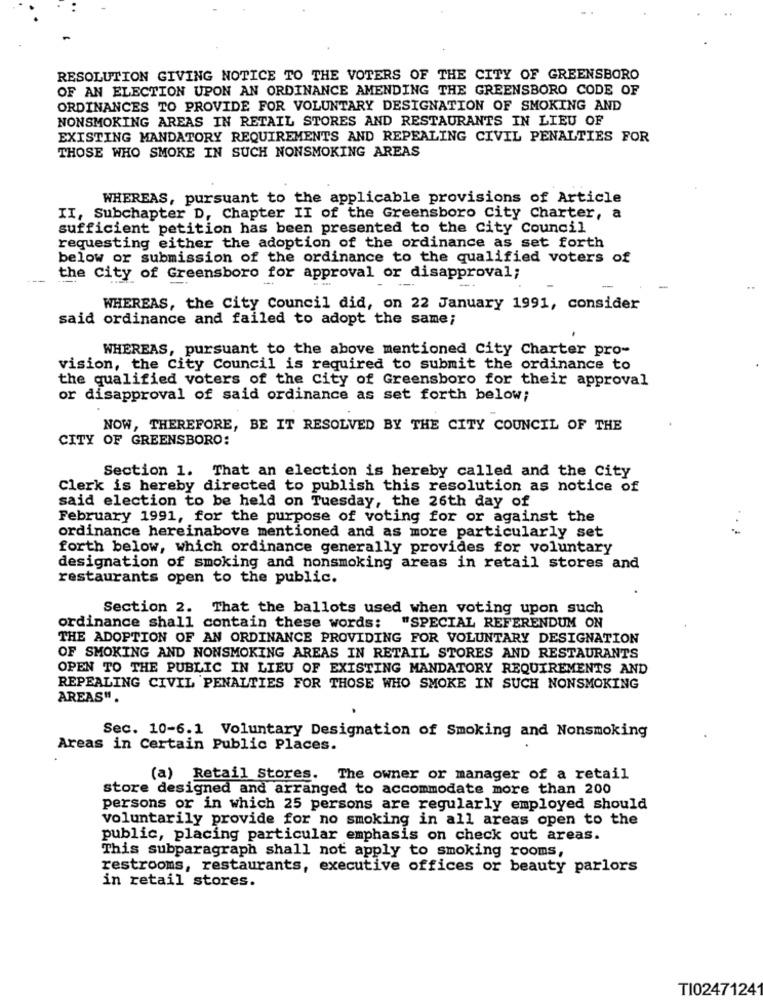
RESOLUTION GIVING NOTICE TO THE VOTERS OF THE CITY OF GREENSBORO
OF AN ELECTION UPON AN ORDINANCE AMENDING THE GREENSBORO CODE OF
ORDINANCES TO PROVIDE FOR VOLUNTARY DESIGNATION OF SMOKING AND
NONSMOKING AREAS IN RETAIL STORES AND RESTAURANTS IN LIEU OF
EXISTING MANDATORY REQUIREMENTS AND REPEALING CIVIL PENALTIES FOR
THOSE WHO SMOKE IN SUCH NONSMOKING AREAS
WHEREAS, pursuant to the applicable provisions of Article
II, Subchapter D, Chapter II of the Greensboro City Charter, a
sufficient petition has been presented to the City Council
requesting either the adoption of the ordinance as set forth
below or submission of the ordinance to the qualified voters of
the City of Greensboro for approval or disapproval;
-
WHEREAS, the City Council did, on 22 January 1991, consider
said ordinance and failed to adopt the same;
WHEREAS, pursuant to the above mentioned City Charter pro-
vision, the City Council is required to submit the ordinance to
the qualified voters of the City of Greensboro for their approval
or disapproval of said ordinance as set forth below;
NOW, THEREFORE, BE IT RESOLVED BY THE CITY COUNCIL OF THE
CITY OF GREENSBORO:
Section 1. That an election is hereby called and the City
Clerk is hereby directed to publish this resolution as notice of
said election to be held on Tuesday, the 26th day of
February 1991, for the purpose of voting for or against the
ordinance hereinabove mentioned and as more particularly set
forth below, which ordinance generally provides for voluntary
designation of smoking and nonsmoking areas in retail stores and
restaurants open to the public.
Section 2. That the ballots used when voting upon such
ordinance shall contain these words: "SPECIAL REFERENDUM ON
THE ADOPTION OF AN ORDINANCE PROVIDING FOR VOLUNTARY DESIGNATION
OF SMOKING AND NONSMOKING AREAS IN RETAIL STORES AND RESTAURANTS
OPEN TO THE PUBLIC IN LIEU OF EXISTING MANDATORY REQUIREMENTS AND
REPEALING CIVIL PENALTIES FOR THOSE WHO SMOKE IN SUCH NONSMOKING
AREAS".
Sec. 10-6.1 Voluntary Designation of Smoking and Nonsmoking
Areas in Certain Public Places.
(a) Retail Stores. The owner or manager of a retail
store designed and arranged to accommodate more than 200
persons or in which 25 persons are regularly employed should
voluntarily provide for no smoking in all areas open to the
public, placing particular emphasis on check out areas.
This subparagraph shall not apply to smoking rooms,
restrooms, restaurants, executive offices or beauty parlors
in retail stores.
TI02471241